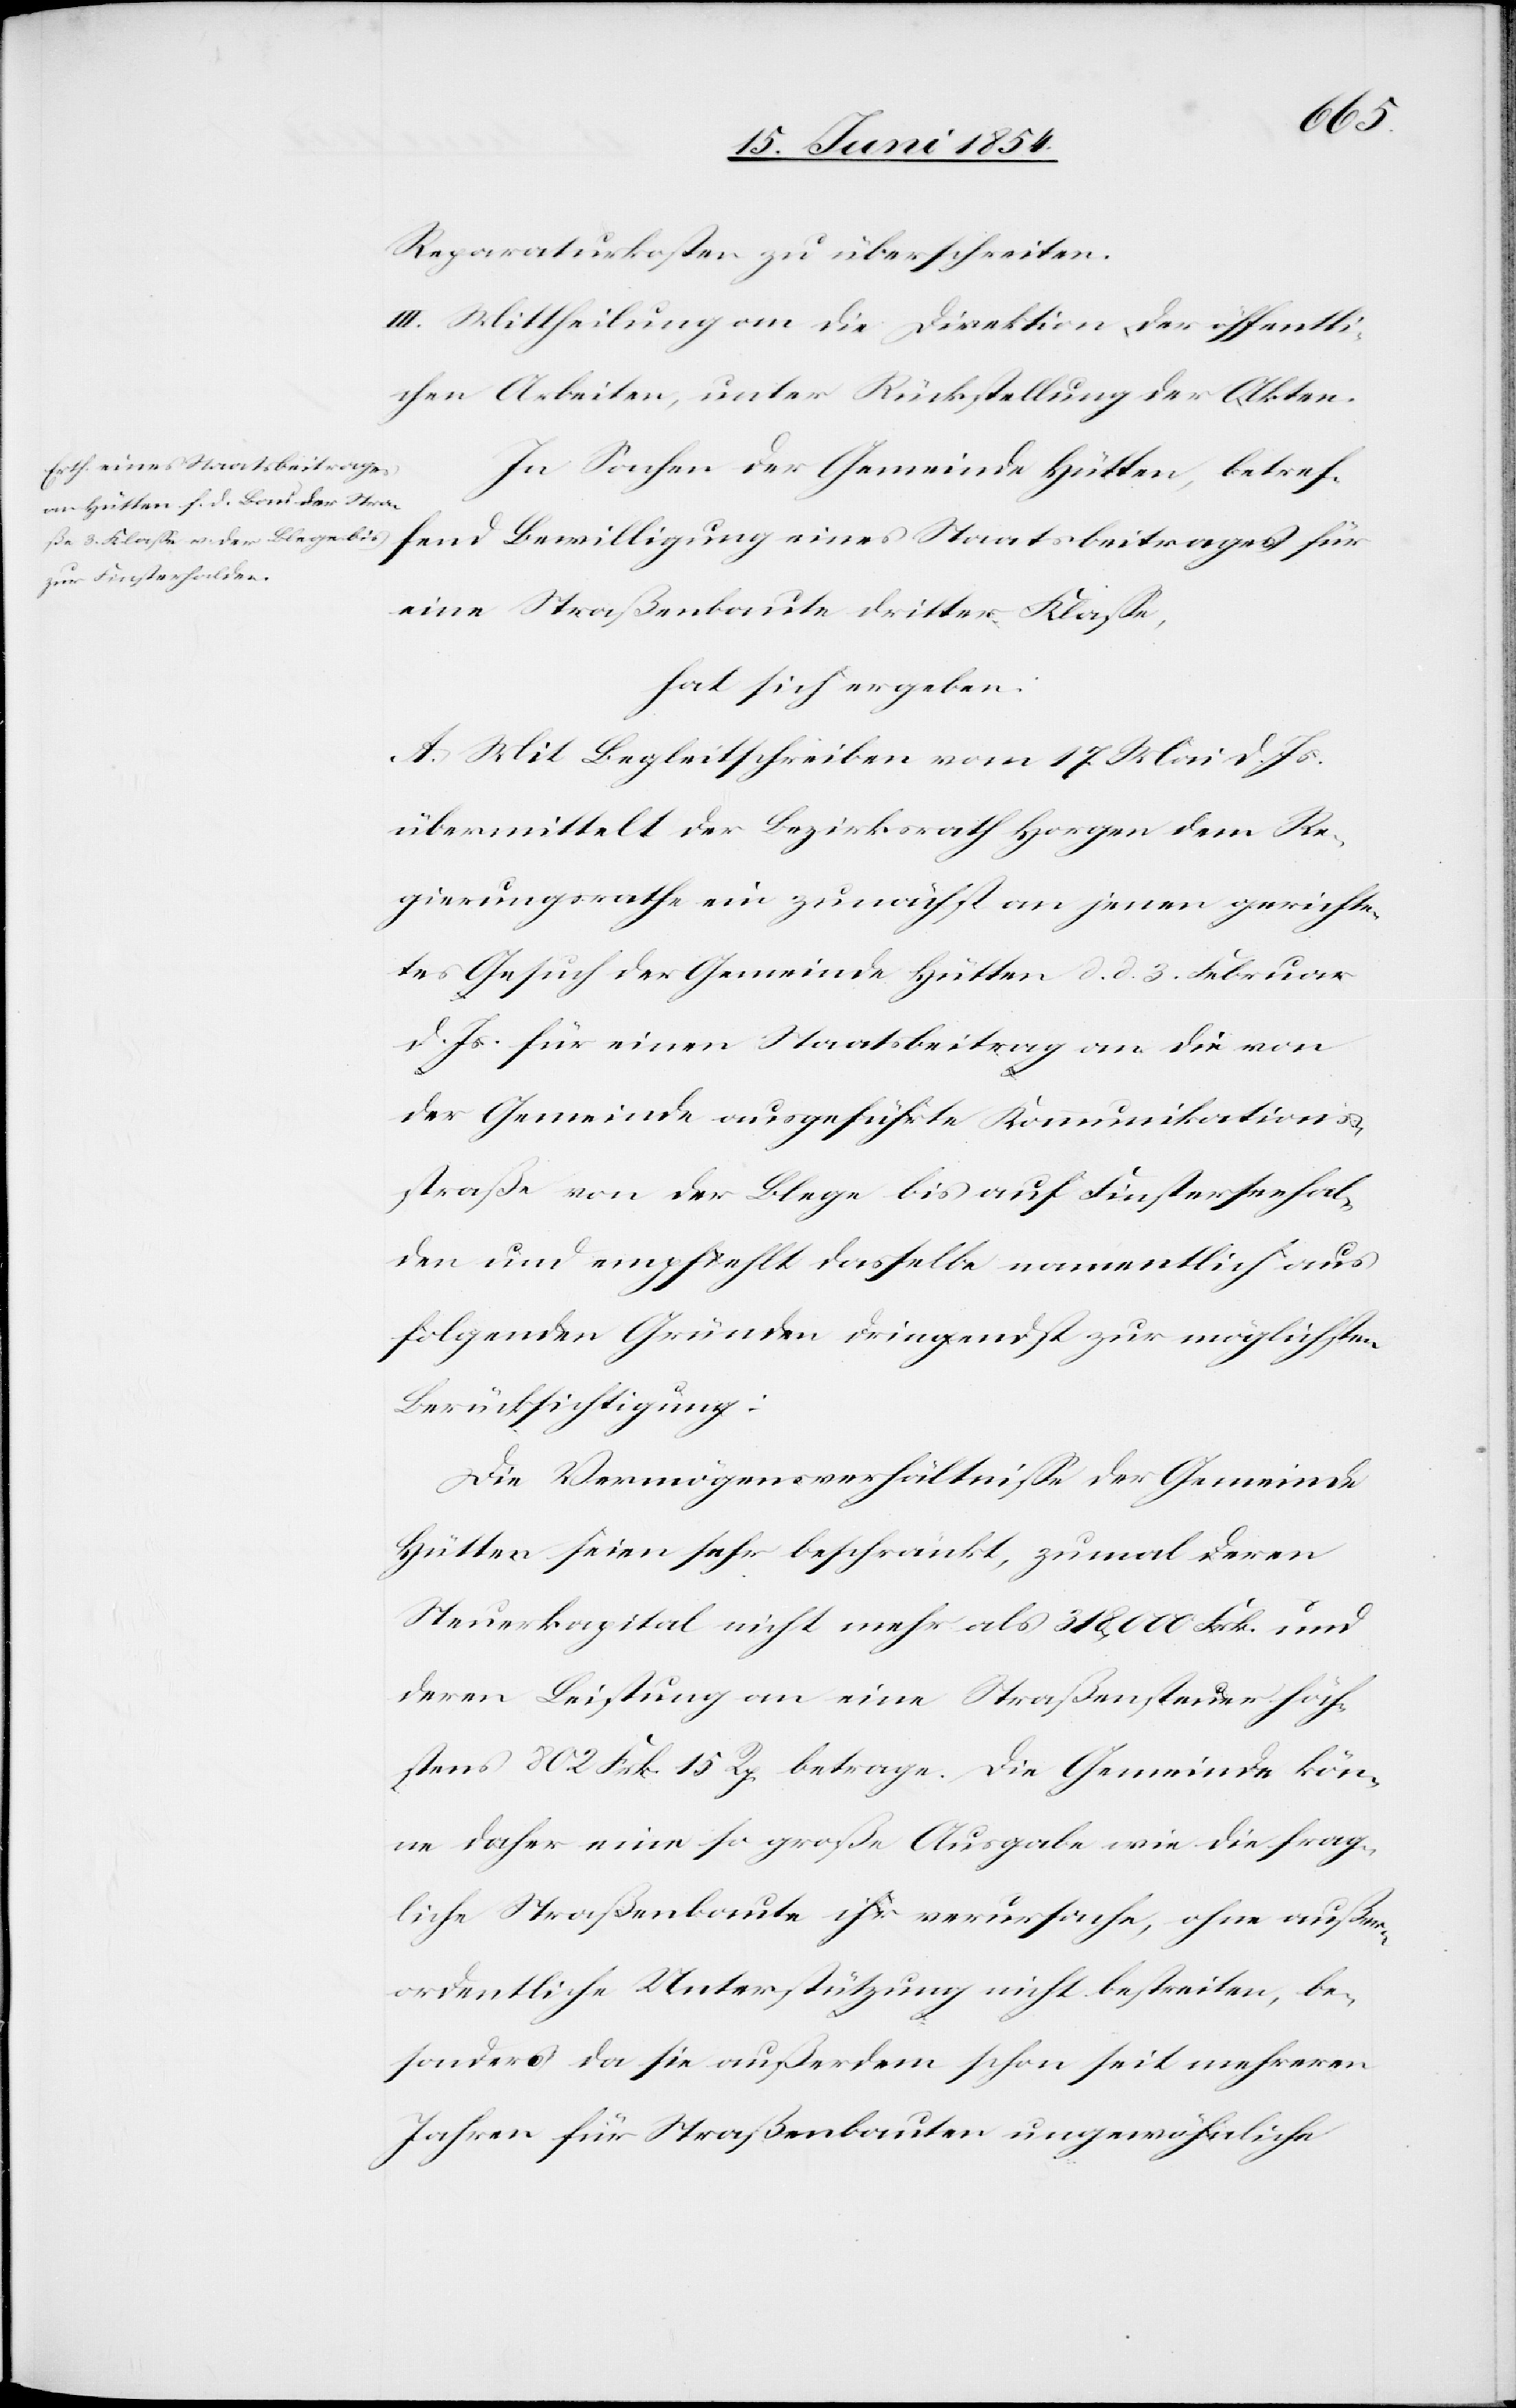
Reparaturkosten zu überschreiten.
III. Mittheilung an die Direktion der öffentli¬
chen Arbeiten, unter Rückstellung der Akten.
In Sachen der Gemeinde Hütten, betref¬
fend Bewilligung eines Staatsbeitrages für
eine Straßenbaute dritter Klaße,
hat sich ergeben:
A. Mit Begleitschreiben vom 17. Mai d. Js.
übermittelt der Bezirksrath Horgen dem Re¬
gierungsrathe ein zunächst an jenen gerichte¬
tes Gesuch der Gemeinde Hütten d. d. 3. Februar
d. Js. für einen Staatsbeitrag an die von
der Gemeinde ausgeführte Kommunikations¬
straße von der Blege bis auf Finsterseehal¬
den und empfiehlt dasselbe namentlich aus
folgenden Gründen dringendst zur möglichster
Berücksichtigung:
Die Vermögensverhältniße der Gemeinde
Hütten seien sehr beschränkt, zumal deren
Steuerkapital nicht mehr als 318,000Frk. und
deren Leistung an eine Straßensteuer höch¬
stens 802 Frk. 15 Rp. betrage. Die Gemeinde kön¬
ne daher eine so große Ausgabe wie die frag¬
liche Straßenbaute ihr verursache, ohne außer¬
ordentliche Unterstützung nicht bestreiten, be¬
sonders da sie außerdem schon seit mehreren
Jahren für Straßenbauten ungewöhnliche